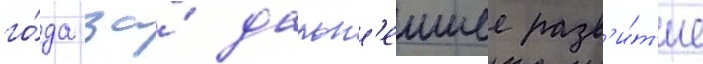
го́да за́ дальн'еишее разв'и́т'ие